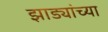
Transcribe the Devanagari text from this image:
झाड्यांच्या